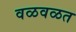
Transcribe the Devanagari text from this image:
वळवळत